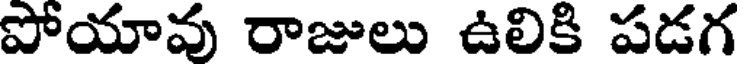
పోయావు రాజులు ఉలికి పడగ